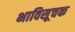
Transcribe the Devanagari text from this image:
भाविसूचक